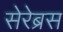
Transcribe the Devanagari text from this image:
सेरेब्रस